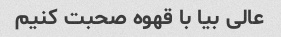
عالی بیا با قهوه صحبت کنیم